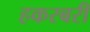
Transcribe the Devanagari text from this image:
हकरबरी